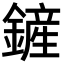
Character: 鏟